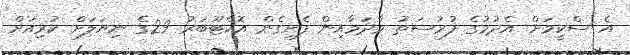
އެ ސްކީމަށް އެދުމުގެ ފުރުސަތު މާދަމާއިން ފެށިގެން އޮކްޓޫބަރު 29ގެ ނިޔަލަށް ކުރިއަށް